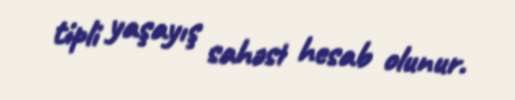
tipli yaşayış sahəsi hesab olunur.